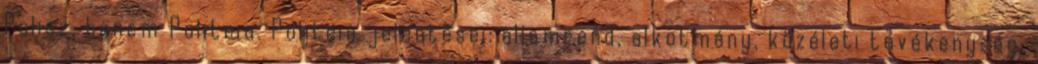
Polisz, hanem Politeia. Politeia jelentései: államrend, alkotmány, közéleti tevékenység,